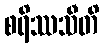
စရိဿသီတိ